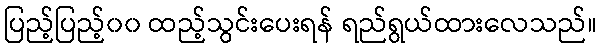
ပြည့်ပြည့်၀၀ ထည့်သွင်းပေးရန် ရည်ရွယ်ထားလေသည်။